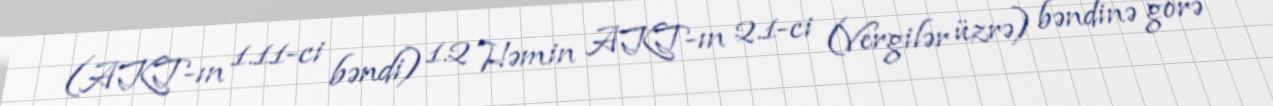
(AKT-ın 1.11-ci bəndi) 1.2 Həmin AKT-ın 2.1-ci (Vergilər üzrə) bəndinə görə